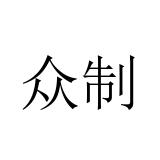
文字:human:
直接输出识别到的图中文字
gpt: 众制